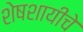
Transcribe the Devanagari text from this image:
शेषशायीचे